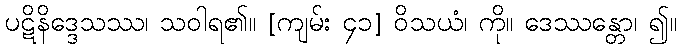
ပဋိနိဒ္ဒေသဿ၊ သဝါရ၏။ [ကျမ်း ၄၁] ဝိသယံ၊ ကို။ ဒေဿန္တော၊ ၍။